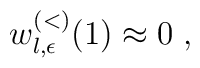
w^{(<)}_{l,\epsilon}(1)\approx 0\;  ,